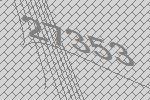
27353